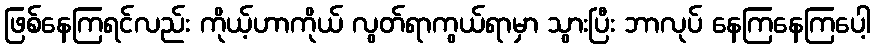
ဖြစ်နေကြရင်လည်း ကိုယ့်ဟာကိုယ် လွတ်ရာကွယ်ရာမှာ သွားပြီး ဘာလုပ် နေကြနေကြပေါ့